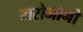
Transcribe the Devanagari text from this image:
सरोजांनी